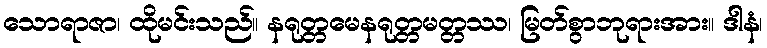
သောရာဇာ၊ ထိုမင်းသည်။ နရုတ္တမေနရုတ္တမတ္တဿ၊ မြတ်စွာဘုရားအား။ ဒါနံ၊